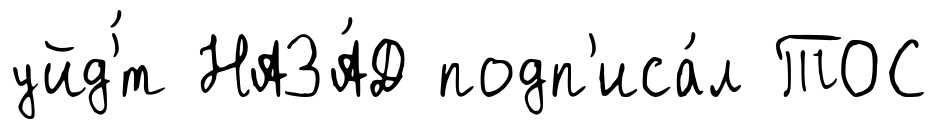
уйд'́т НАЗА́Д подп'иса́л ТОС